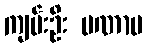
ကျမ်းဦး ပဏာမ